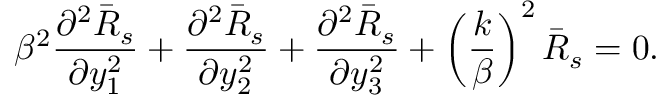
\beta ^ { 2 } \frac { \partial ^ { 2 } \bar { R } _ { s } } { \partial y _ { 1 } ^ { 2 } } + \frac { \partial ^ { 2 } \bar { R } _ { s } } { \partial y _ { 2 } ^ { 2 } } + \frac { \partial ^ { 2 } \bar { R } _ { s } } { \partial y _ { 3 } ^ { 2 } } + \left( \frac { k } { \beta } \right) ^ { 2 } \bar { R } _ { s } = 0 .